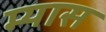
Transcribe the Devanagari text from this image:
म्यास